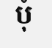
បុំ